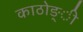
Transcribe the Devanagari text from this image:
काठोङ्ी